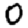
Digit: 0